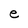
Character: e